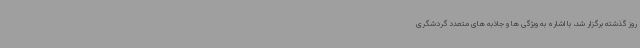
روز گذشته برگزار شد، با اشاره به ویژگی ها و جاذبه های متعدد گردشگری